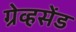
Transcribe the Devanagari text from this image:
ग्रेव्हसेंड